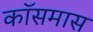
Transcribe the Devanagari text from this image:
कॉसमास